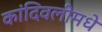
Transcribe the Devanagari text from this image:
कांदिवलीमधे